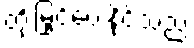
တိုးမြှင့်ပေးနိုင်သည်